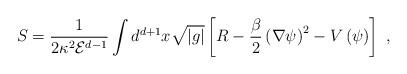
LaTeX: \begin{align*}S=\frac{1}{2\kappa^2{\mathcal E}^{d-1}}\int d^{d+1}x\sqrt{|g|}\left[R-\frac{\beta}{2}\left(\nabla\psi\right)^{2}-V\left(\psi\right)\right]\ , \end{align*}